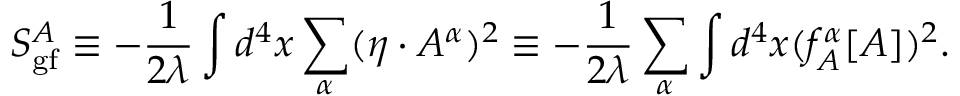
S _ { \mathrm { g f } } ^ { A } \equiv - { \frac { 1 } { 2 \lambda } } \int d ^ { 4 } x \sum _ { \alpha } ( \eta \cdot A ^ { \alpha } ) ^ { 2 } \equiv - { \frac { 1 } { 2 \lambda } } \sum _ { \alpha } \int d ^ { 4 } x ( f _ { A } ^ { \alpha } [ A ] ) ^ { 2 } .